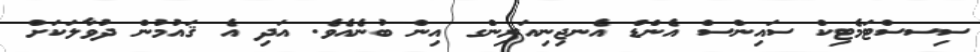
ސިސސްޓަމެޓިކް ސައިންސް އެންޑް އެނޖިނިއަރިންގ އިން ބުނެއެވެ. އަދި އެ ޤައުމުން ދުވާލަކަށް